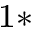
^ { 1 \ast }